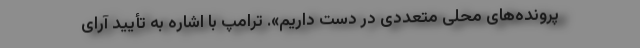
پرونده‌های محلی متعددی در دست داریم». ترامپ با اشاره به تأیید آرای